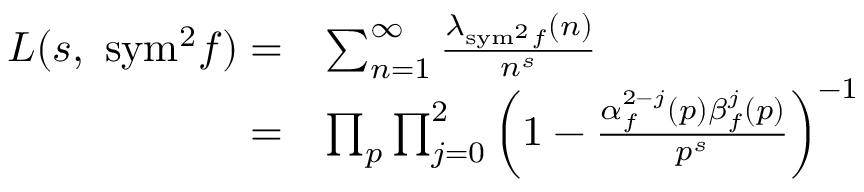
\begin{array} { r l } { L ( s , \ \mathrm { { s y m } } ^ { 2 } f ) = } & { \sum _ { n = 1 } ^ { \infty } \frac { \lambda _ { { \mathrm { s y m } } ^ { 2 } f } ( n ) } { n ^ { s } } } \\ { = } & { \prod _ { p } \prod _ { j = 0 } ^ { 2 } \left( 1 - \frac { \alpha _ { f } ^ { 2 - j } ( p ) \beta _ { f } ^ { j } ( p ) } { p ^ { s } } \right) ^ { - 1 } } \end{array}